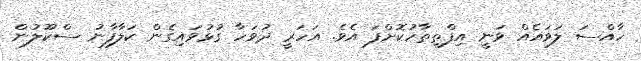
ހާއްސަ ލަވައެއް ވަނީ އިފްތިތާހުކޮށްފަ އެވެ. އަހަރީ ދުވަހާ ގުޅުވައިގެން ކަލާފާނު ސްކޫލުން